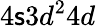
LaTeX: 4\mathsf{s}3d^{2}4d